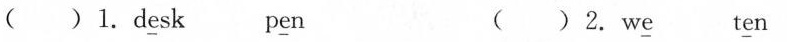
()1.d\underline{e}sk p\underline{e}n ()2.w\underline{e }